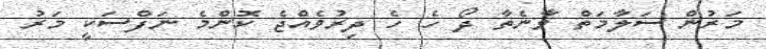
މަރުން ސަލާމަތް ވާނެތާ ދޯ ހެ ހެ ދިރުވެއްޖެ ކޮންމެ ނަފްސަކީ މަރު